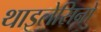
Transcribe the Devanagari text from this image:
थाइलेसिनों